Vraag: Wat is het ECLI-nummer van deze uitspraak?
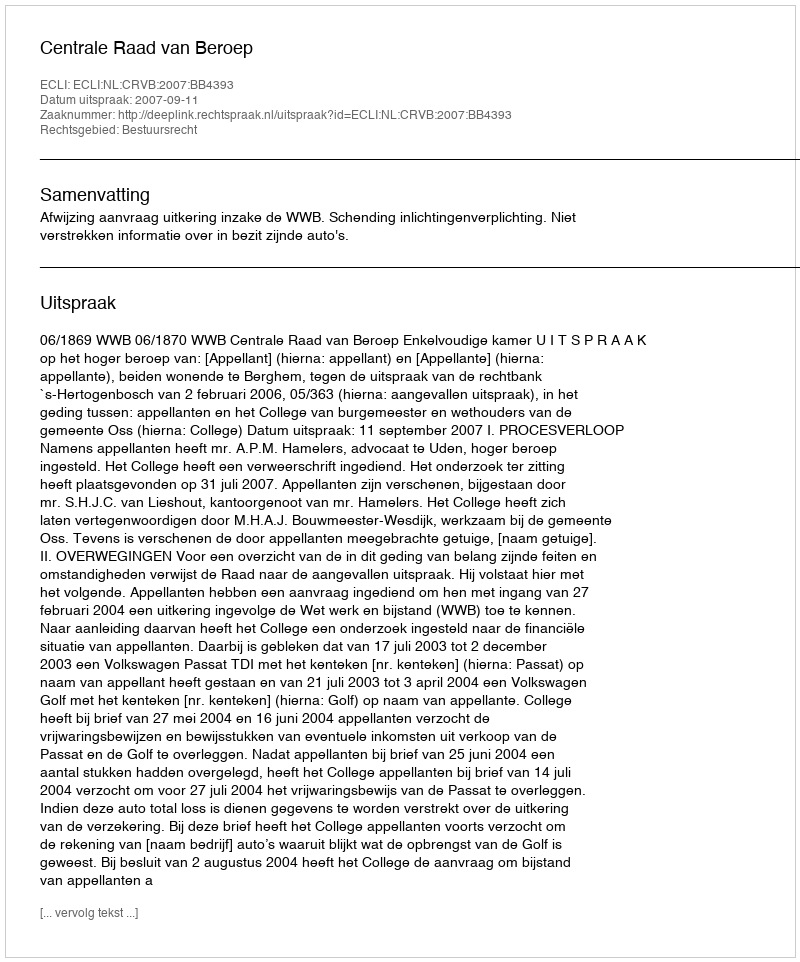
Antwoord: ECLI:NL:CRVB:2007:BB4393